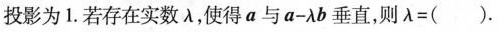
投影为1.若存在实数λ，使得a与 $$a - λ b$$ 垂直，则 $$λ = ( )$$ .